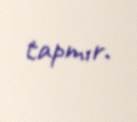
tapmır.